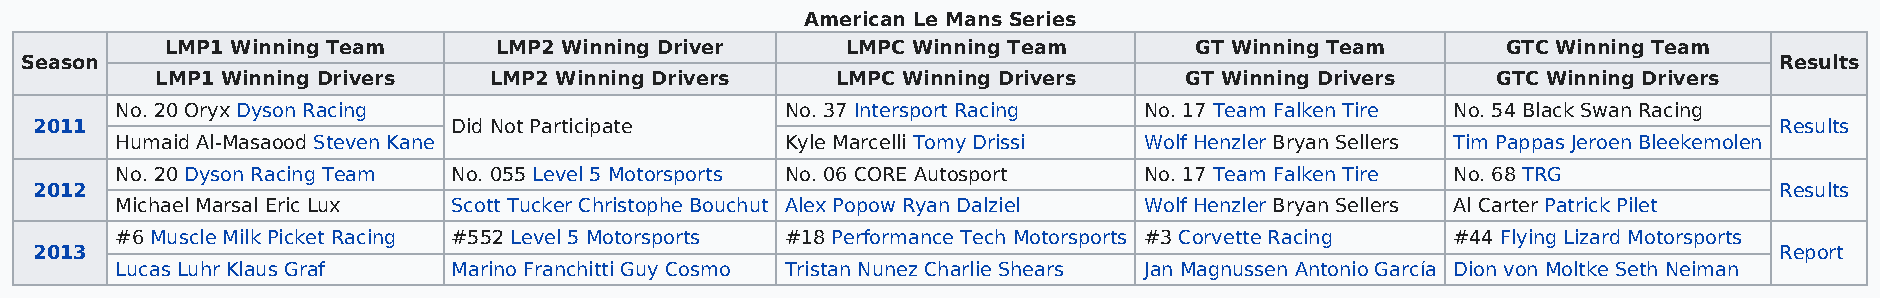
American Le Mans Series
 LMP1 Winning Team     LMP2 Winning Driver    LMPC Winning Team      GT Winning Team      GTC Winning Team
 Season                                                                                                               Results
 LMP1 Winning Drivers  LMP2 Winning Drivers   LMPC Winning Drivers   GT Winning Drivers   GTC Winning Drivers
 No. 20 Oryx Dyson Racing                    No. 37 Intersport Racing No. 17 Team Falken Tire No. 54 Black Swan Racing
 2011                        Did Not Participate                                                                     Results
 Humaid Al-Masaood Steven Kane               Kyle Marcelli Tomy Drissi Wolf Henzler Bryan Sellers Tim Pappas Jeroen Bleekemolen
 No. 20 Dyson Racing Team No. 055 Level 5 Motorsports No. 06 CORE Autosport No. 17 Team Falken Tire No. 68 TRG
 2012                                                                                                                Results
 Michael Marsal Eric Lux Scott Tucker Christophe Bouchut Alex Popow Ryan Dalziel Wolf Henzler Bryan Sellers Al Carter Patrick Pilet
 #6 Muscle Milk Picket Racing #552 Level 5 Motorsports #18 Performance Tech Motorsports #3 Corvette Racing #44 Flying Lizard Motorsports
 2013                                                                                                                Report
 Lucas Luhr Klaus Graf Marino Franchitti Guy Cosmo Tristan Nunez Charlie Shears Jan Magnussen Antonio García Dion von Moltke Seth Neiman